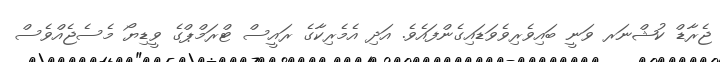
ޖެރާޑް ކުޝްނަރ ވަނީ ބައިވެރިވެވަޑައިގެންފައެވެ. އަދި އެމެރިކާގެ ރައީސް ޓްރަމްޕްގެ ވީޑިޔޯ މެސެޖެއްވެސް